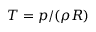
T = p / ( \rho R )